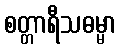
စတ္တာရီသဓမ္မာ